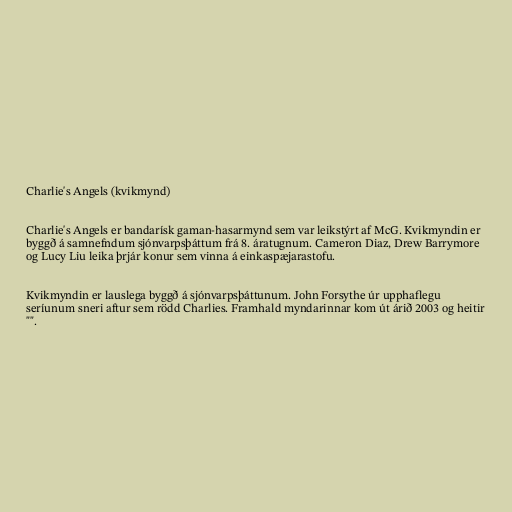
Charlie's Angels (kvikmynd)

Charlie's Angels er bandarísk gaman-hasarmynd sem var leikstýrt af McG. Kvikmyndin er
byggð á samnefndum sjónvarpsþáttum frá 8. áratugnum. Cameron Diaz, Drew Barrymore
og Lucy Liu leika þrjár konur sem vinna á einkaspæjarastofu.

Kvikmyndin er lauslega byggð á sjónvarpsþáttunum. John Forsythe úr upphaflegu
seríunum sneri aftur sem rödd Charlies. Framhald myndarinnar kom út árið 2003 og heitir
"".